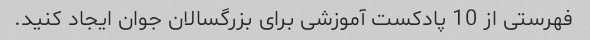
فهرستی از 10 پادکست آموزشی برای بزرگسالان جوان ایجاد کنید.